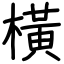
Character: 橫